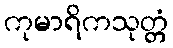
ကုမာရိကသုတ္တံ